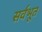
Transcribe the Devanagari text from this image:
सर्वभूत